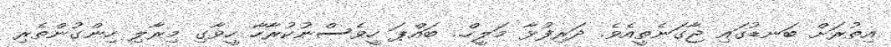
އިތުރަށް ބަނޑުގައި ޖާގަނެތީއެވެ. ދަރިފުޅާ މަލީހް.. ބައްޕަ ހީވެސްނުކުރާހާ ހީވާގި މިރާލި ހިންގުންތެރި